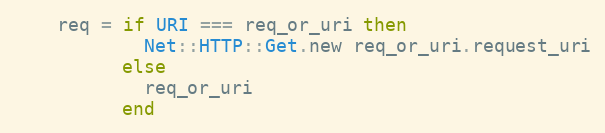
Language: Ruby
    req = if URI === req_or_uri then
            Net::HTTP::Get.new req_or_uri.request_uri
          else
            req_or_uri
          end